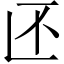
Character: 𱎁